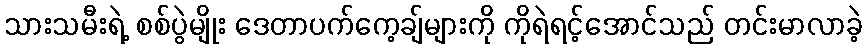
သားသမီးရဲ့ စစ်ပွဲမျိုး ဒေတာပက်ကေ့ချ်များကို ကိုရဲရင့်အောင်သည် တင်းမာလာခဲ့